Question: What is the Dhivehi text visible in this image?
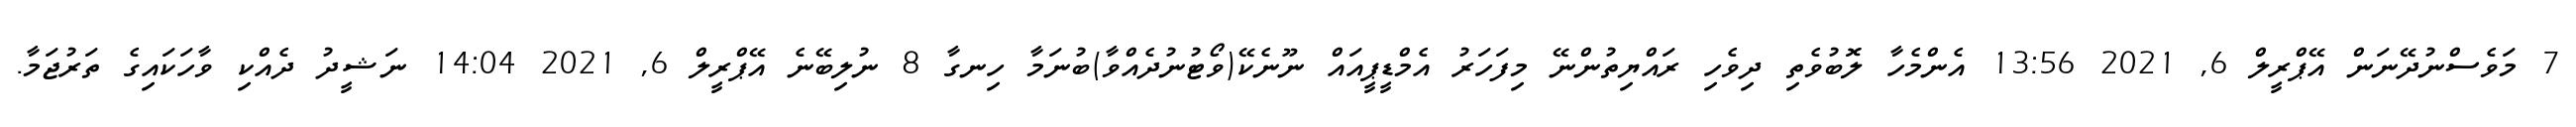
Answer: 7 މަވެސްނުދޭނަން އޭޕްރީލް 6, 2021 13:56 އެންމެހާ ލޮބުވެތި ދިވެހި ރައްޔިތުންނޭ މިފަހަރު އެމްޑީޕީއައް ނޫނެކޭ(ވޯޓުނުދެއްވާ)ބުނަމާ ހިނގާ 8 ނުލިބޭނެ އޭޕްރީލް 6, 2021 14:04 ނަޝީދު ދެއްކި ވާހަކައިގެ ތަރުޖަމާ.